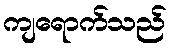
ကျရောက်သည်